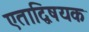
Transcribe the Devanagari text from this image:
एताद्विषयक